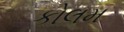
કોલમ